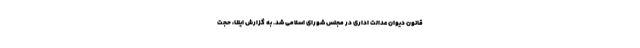
قانون دیوان عدالت اداری در مجلس شورای اسلامی شد. به گزارش ایلنا، حجت